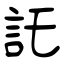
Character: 託